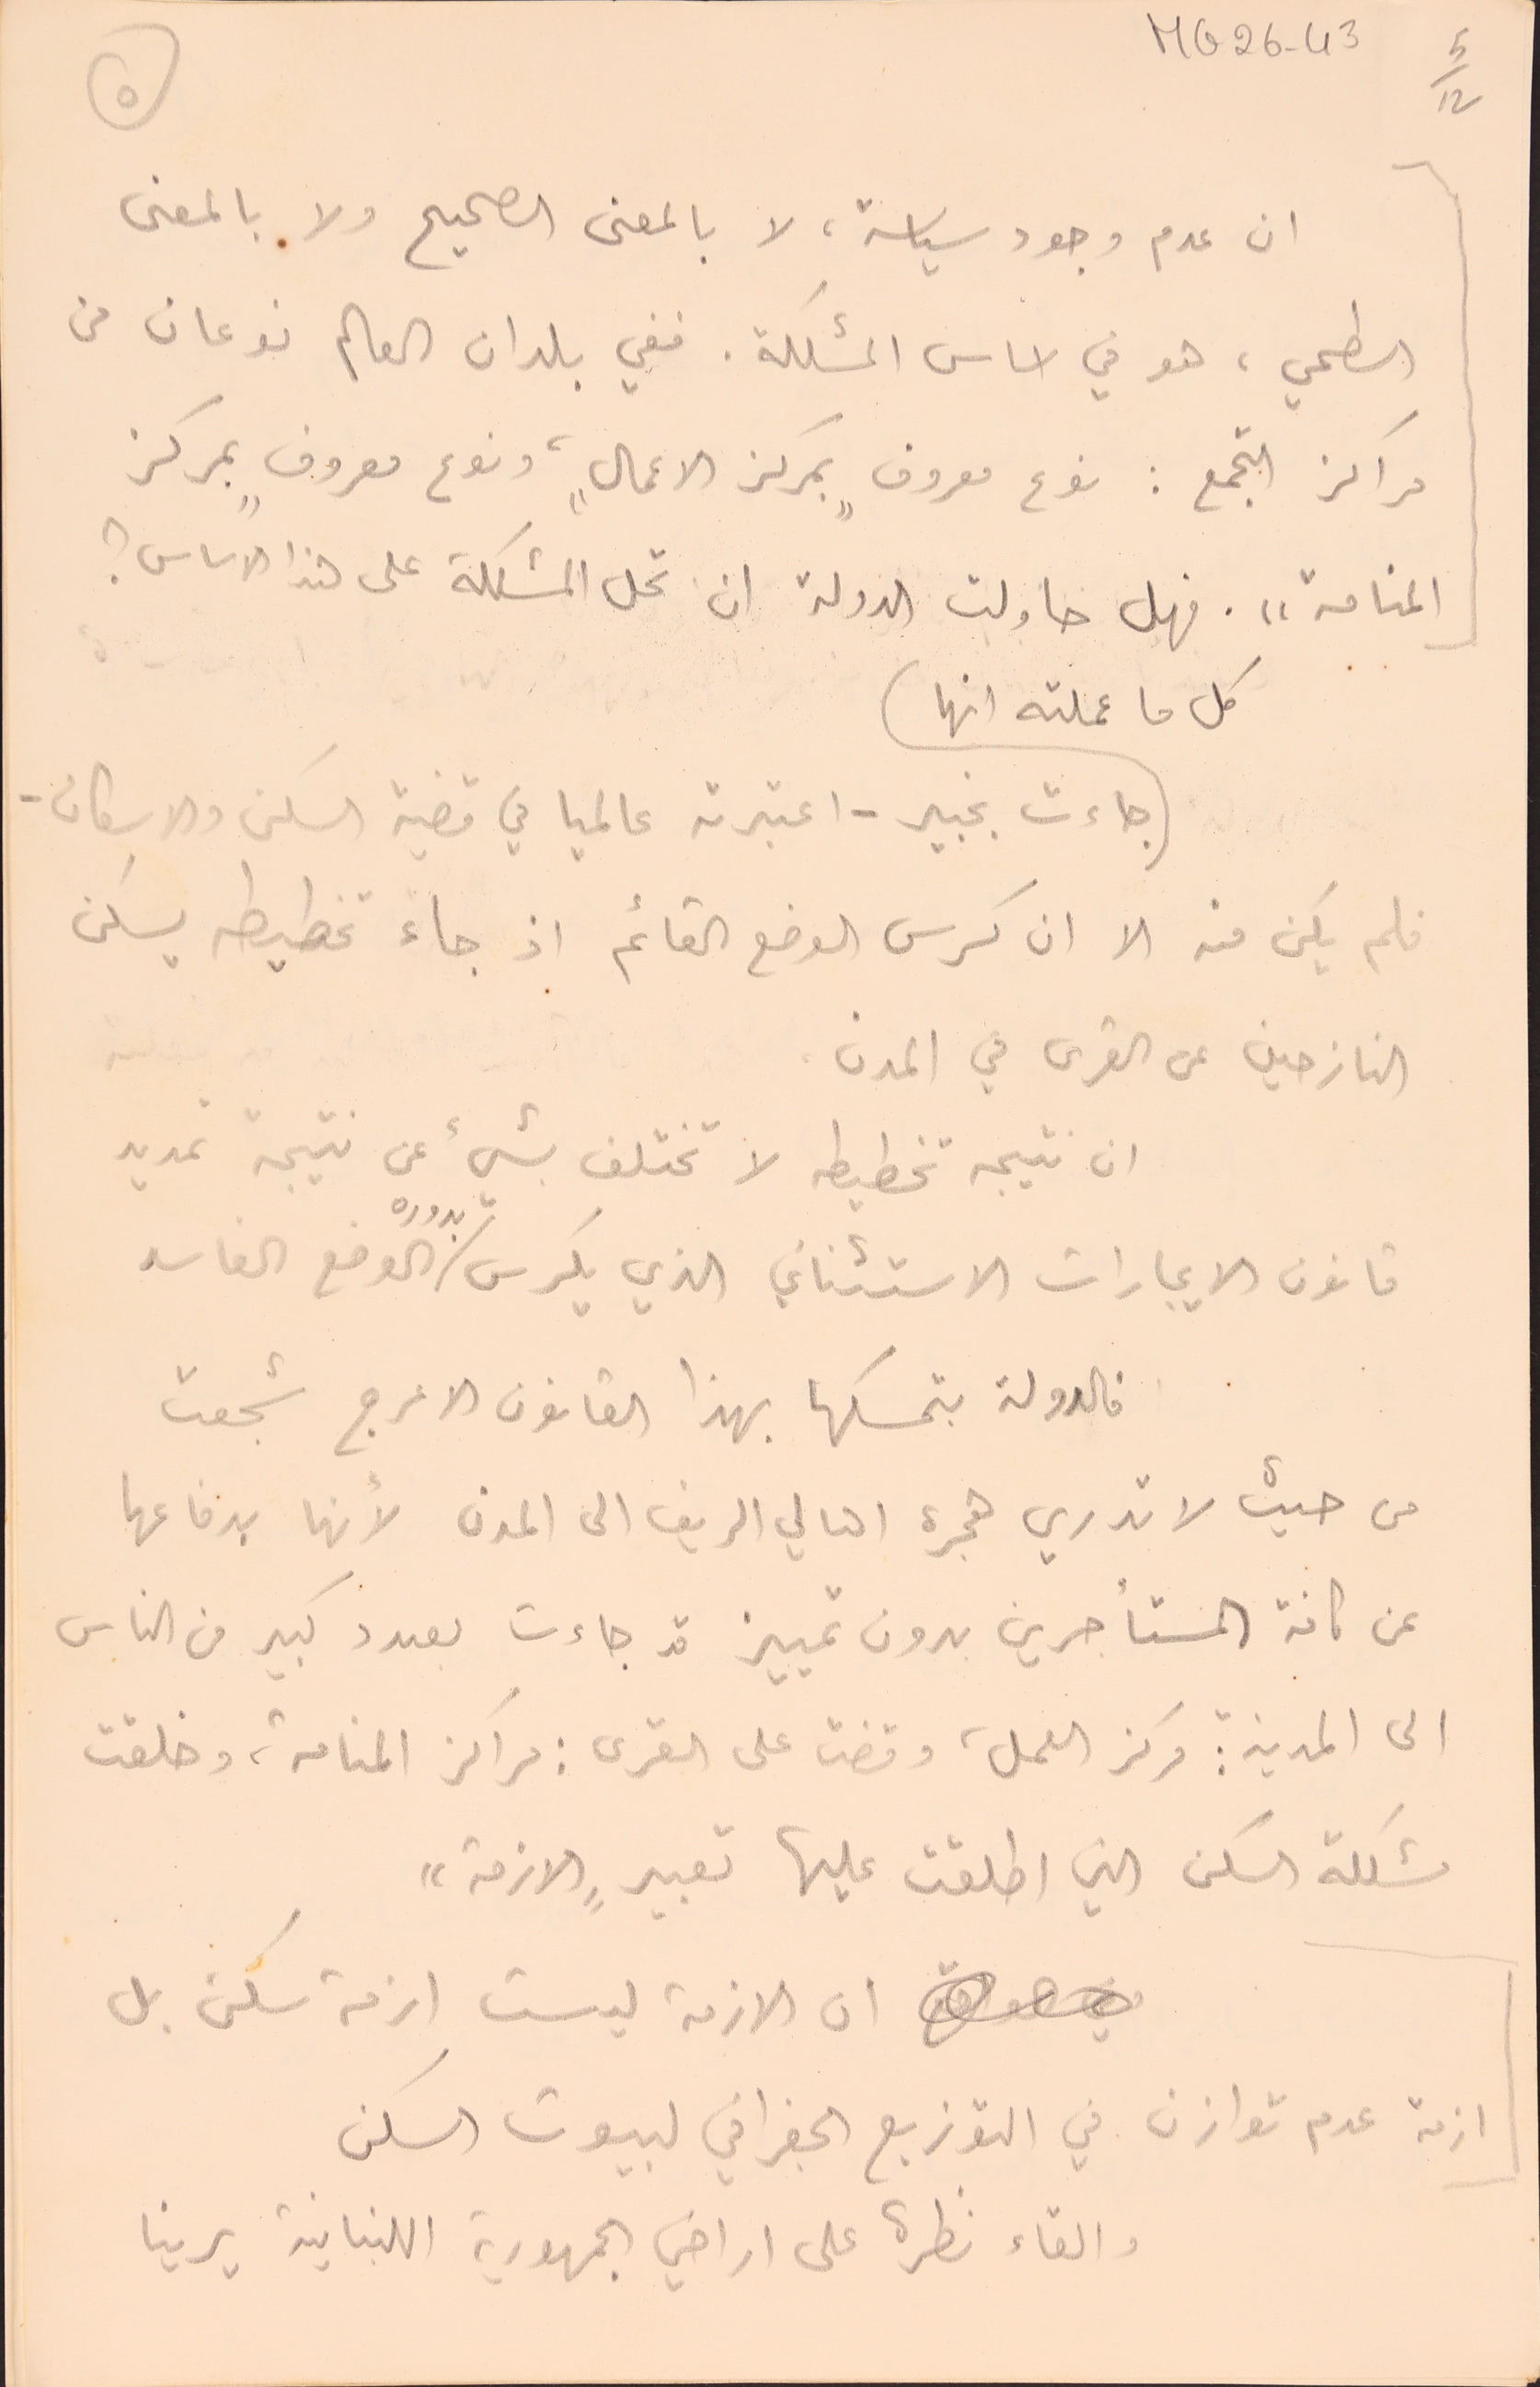
ان عدم وجود سياسة، لا بالمعنى الصحيح ولا بالمعنى
السطحي، هو في اساس المشكلة. ففي بلدان العالم نوعان من
مراكز التجمع : نوع معروف "بمركز الاعمال"، ونوع معروف "بمركز
المنامة". فهل حاولت الدولة ان تحل المشكلة على هذا الاساس؟
كل ما عملته انها
جاءت بخبير - اعتبرته عالميا في قضية السكن والاسكان.
فلم يكن منه الا ان كرس الوضع القائم اذ جاء تخطيطه يسكن
النازحين عن القرى في المدن
ان نتيجه تخطيطه لا تختلف بشيء عنى نتيجة تمديد
قانون الايجارات الاستثنائي الذي يكرس بدوره الوضع الفاسد
فالدولة بتمسكها بهذا القانون الاعرج شجعت
من حيث لا تدري هجرة اهالي الريف الى المدن لأنها بدفاعها
عن كافة المستأجرين بدون تمييز قد جاءت بعدد كبير من الناس
الى المدينة مركز العمل، وقضت على القرى: مراكز المنامة، وخلقت
مشكلة السكن التي اطلقت عليها تعبير "الازمة"
 ان الازمة ليست ازمة سكن بل
ازمة عدم توازن في التوزيع الجغرافي لبيوت السكن
والقاء نظرة على اراضي الجمهورية اللبنانية يرينا
MG26-43   5/12
٥